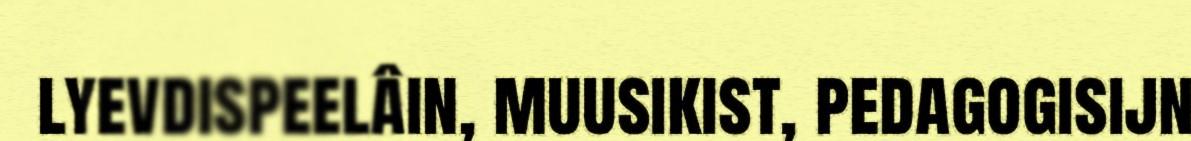
lyevdispeelâin, muusikist, pedagogisijn